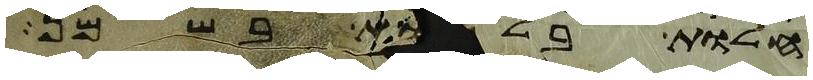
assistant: חלות בללות בשמן